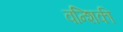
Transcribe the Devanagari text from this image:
वन्शिकी